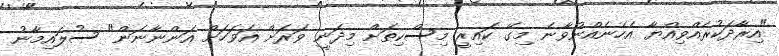
"އިރާދަކުރެއްވިއްޔާ އެހެނެއްނުވާނެ މިގޭ ކައިރީ މިސްކިތަށް މިދަނީ ވަރަށް އަވަހަށް އަންނާނަން" ސުލައިމާނު